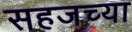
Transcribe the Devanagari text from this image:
सहजच्या